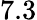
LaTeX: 7.3